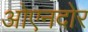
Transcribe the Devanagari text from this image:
ओएनदोर